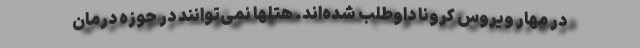
در مهار ویروس کرونا داوطلب شده‌اند. هتلها نمی‌توانند در حوزه درمان